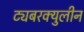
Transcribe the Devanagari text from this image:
ट्यबरक्युलीन